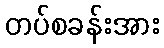
တပ်စခန်းအား